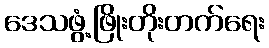
ဒေသဖွံ့ဖြိုးတိုးတက်ရေး